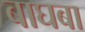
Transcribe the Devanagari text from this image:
बाघबा